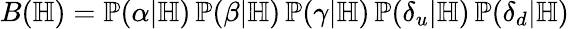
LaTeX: B(\mathbb H)=\mathbb P(\alpha|\mathbb H)\, \mathbb P(\beta|\mathbb H)\, \mathbb P(\gamma|\mathbb H)\, \mathbb P(\delta_{u}|\mathbb H)\, \mathbb P(\delta_{d}|\mathbb H)